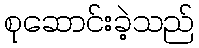
စုဆောင်းခဲ့သည်